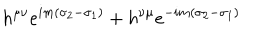
LaTeX: h ^ { \mu \nu } e ^ { i m ( \sigma _ { 2 } - \sigma _ { 1 } ) } + h ^ { \nu \mu } e ^ { - i m ( \sigma _ { 2 } - \sigma _ { 1 } ) }